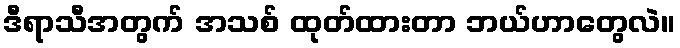
ဒီရာသီအတွက် အသစ် ထုတ်ထားတာ ဘယ်ဟာတွေလဲ။